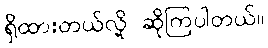
ရှိထားတယ်လို့ ဆိုကြပါတယ်။